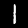
Digit: 1